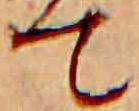
て